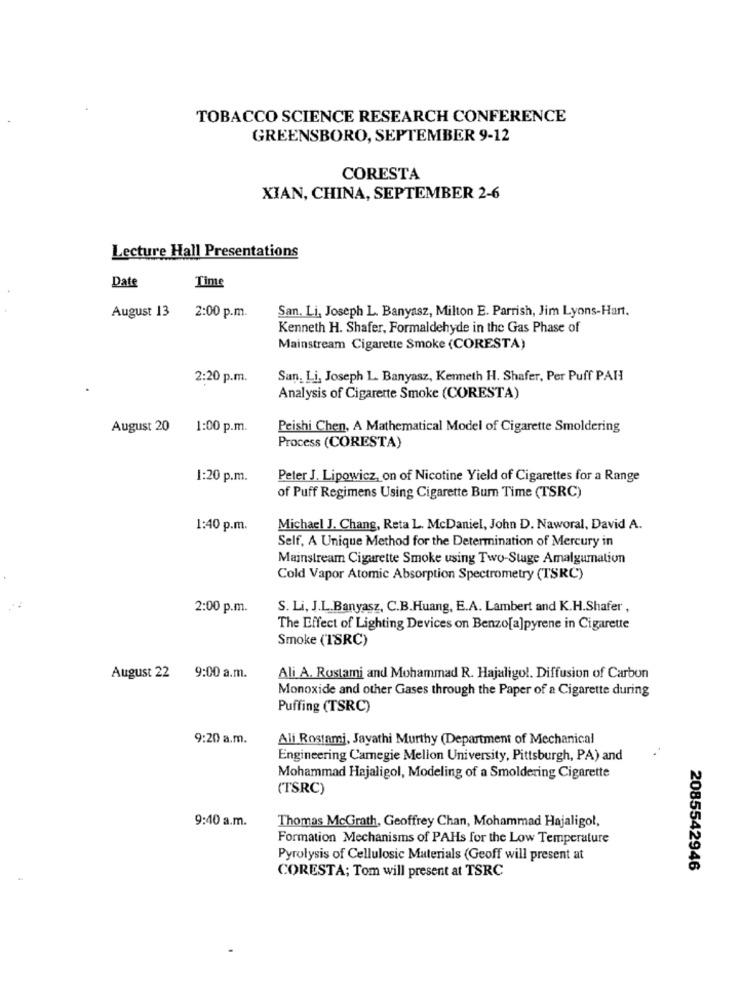
TOBACCO SCIENCE RESEARCH CONFERENCE
GREENSBORO, SEPTEMBER 9-12
CORESTA
XIAN, CHINA, SEPTEMBER 2-6
Lecture Hall Presentations
Time
Date
San. Li, Joseph L. Banyasz, Milton E. Parrish, Jim Lyons-Hart.
August 13
2:00 p.m.
Kenneth H. Shafer, Formaldehyde in the Gas Phase of
Mainstream Cigarette Smoke (CORESTA)
2:20 p.m.
San, Li, Joseph L. Banyasz, Kenneth H. Shafer, Per Puff PAI
Analysis of Cigarette Smoke (CORESTA)
August 20
1:00 p.m.
Peishi Chen, A Mathematical Model of Cigarette Smoldering
Process (CORESTA)
1:20 p.m.
Peter J. Lipowicz, on of Nicotine Yield of Cigarettes for a Range
of Puff Regimens Using Cigarette Burn Time (TSRC)
1:40 p.m.
Michael J. Chang, Reta L. McDaniel, John D. Naworal, David A.
Self, A Unique Method for the Determination of Mercury in
Mainstream Cigarette Smoke using Two-Stage Amalgamation
Cold Vapor Atomic Absorption Spectrometry (TSRC)
2:00 p.m.
S. Li, J.L.Banyasz, C.B.Huang, E.A. Lambert and K.H.Shafer ,
The Effect of Lighting Devices on Benzo[a]pyrene in Cigarette
Smoke (T'SRC)
August 22
9:00 a.m.
Ali A. Rostami and Mohammad R. Hajaligo !. Diffusion of Carbon
Monoxide and other Gases through the Paper of a Cigarette during
Puffing (TSRC)
9:20 a.m.
Ali Rostami, Jayathi Murthy (Department of Mechanical
Engineering Camegie Mellon University, Pittsburgh, PA) and
Mohammad Hajaligol, Modeling of a Smoldering Cigarette
(TSRC)
9:40 a.m.
Thomas McGrath, Geoffrey Chan, Mohammad Hajaligol,
Formation Mechanisms of PAHs for the Low Temperature
Pyrolysis of Cellulosic Materials (Geoff will present at
2085542946
CORESTA; Tom will present at TSRC